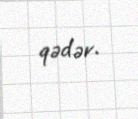
qədər.